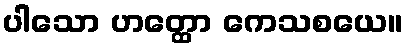
ပါသော ဟတ္ထော ကေသစယေ။